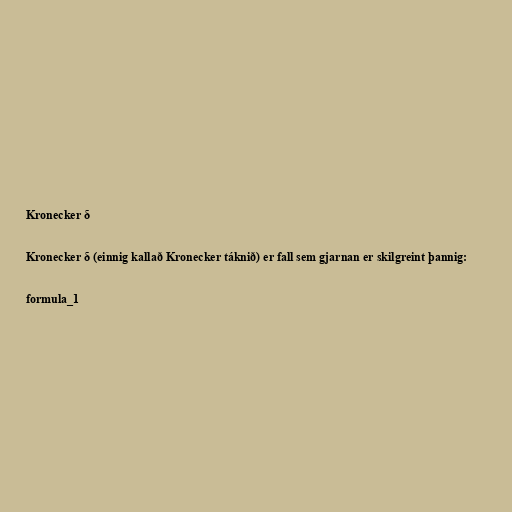
Kronecker δ

Kronecker δ (einnig kallað Kronecker táknið) er fall sem gjarnan er skilgreint þannig:

formula_1